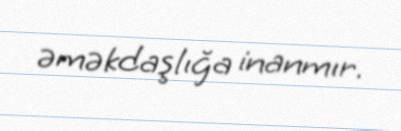
əməkdaşlığa inanmır.